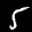
Label: 5